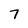
Character: 7